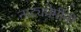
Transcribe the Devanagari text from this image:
नाट्यप्रेमींनी